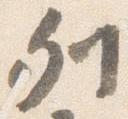
列